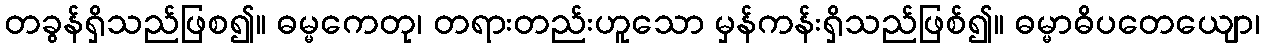
တခွန်ရှိသည်ဖြစ၍။ ဓမ္မကေတု၊ တရားတည်းဟူသော မှန်ကန်းရှိသည်ဖြစ်၍။ ဓမ္မာဓိပတေယျော၊